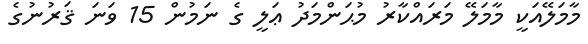
މާމަލޭއަކީ މާމަލޭ މަރައްކާރު މުޙަންމަދު ޢަލީ ގެ ނަމުން 15 ވަނަ ޤަރުނުގެ